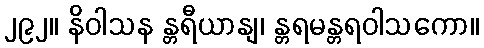
၂၉၂။ နိဝါသန န္တရီယာနျ၊ န္တရမန္တရဝါသကော။